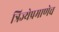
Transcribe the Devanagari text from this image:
त्रिज्येप्रमाणेच